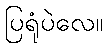
ပြရုံပဲလေ။